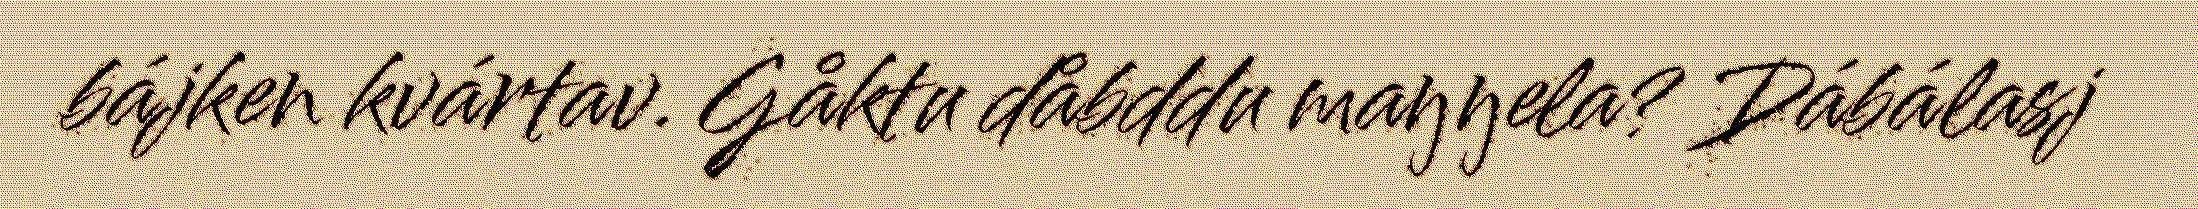
bájken kvártav. Gåktu dåbddu maŋŋela? Dábálasj